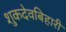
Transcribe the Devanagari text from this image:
शुकदेवबिहारी